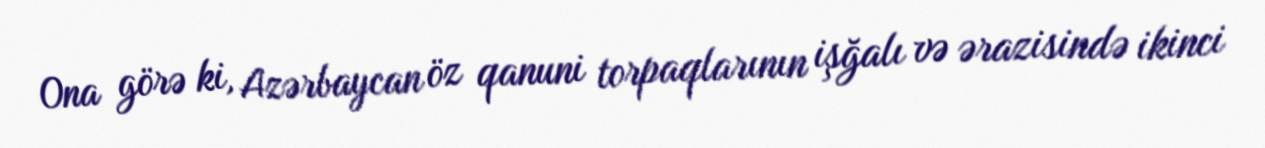
Ona görə ki, Azərbaycan öz qanuni torpaqlarının işğalı və ərazisində ikinci